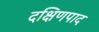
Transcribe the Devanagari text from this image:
दक्षिणपाद